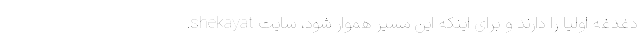
دغدغه اولیا را دارند و برای اینکه این مسیر هموار شود، سایت shekayat.